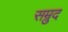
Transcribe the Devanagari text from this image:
सम्रुद